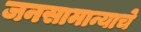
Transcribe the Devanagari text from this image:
जनसामान्याचे